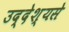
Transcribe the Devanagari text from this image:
उद्देश्‍यसे